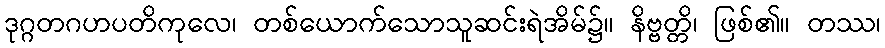
ဒုဂ္ဂတဂဟပတိကုလေ၊ တစ်ယောက်သောသူဆင်းရဲအိမ်၌။ နိဗ္ဗတ္တိ၊ ဖြစ်၏။ တဿ၊